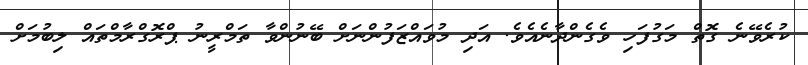
ކުރެވޭނެ ގޮތް މަގުފަހި ވެގެންދާނެއެވެ. އަދި މުވައްޒަފުންނަށް ބޭނުންވާ ތަމްރީނު ޕްރޮގްރާމްތައް ލިބުމަށް